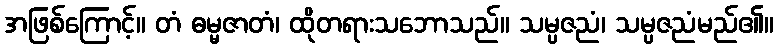
အဖြစ်ကြောင့်။ တံ ဓမ္မဇာတံ၊ ထိုတရားသဘောသည်။ သမ္ပဇညံ၊ သမ္ပဇညံမည်၏။